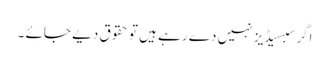
اگر سبسیڈیز نہیں دے رہے ہیں تو حقوق دیے جائے ۔